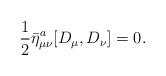
LaTeX: \begin{align*}\frac12 {\bar{\eta}^a}_{\mu \nu} [ D_{\mu}, D_{\nu} ]=0. \end{align*}